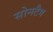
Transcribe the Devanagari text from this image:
सोनटैग